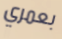
بعمري